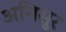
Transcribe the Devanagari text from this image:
अनिसुर